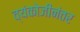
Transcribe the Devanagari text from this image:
व्यंकोजीनंतर